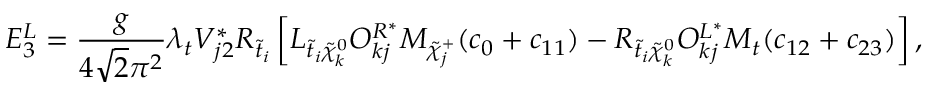
E _ { 3 } ^ { L } = \frac { g } { 4 \sqrt 2 \pi ^ { 2 } } \lambda _ { t } V _ { j 2 } ^ { * } R _ { \tilde { t } _ { i } } \left[ L _ { \tilde { t } _ { i } \tilde { \chi } _ { k } ^ { 0 } } O _ { k j } ^ { R ^ { * } } M _ { \tilde { \chi } _ { j } ^ { + } } ( c _ { 0 } + c _ { 1 1 } ) - R _ { \tilde { t } _ { i } \tilde { \chi } _ { k } ^ { 0 } } O _ { k j } ^ { L ^ { * } } M _ { t } ( c _ { 1 2 } + c _ { 2 3 } ) \right] , ~ ~ ~ ~ ~ ~